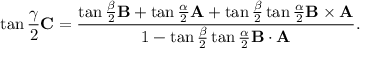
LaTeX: \tan { \frac { \gamma } { 2 } } \mathbf { C } = { \frac { \tan { \frac { \beta } { 2 } } \mathbf { B } + \tan { \frac { \alpha } { 2 } } \mathbf { A } + \tan { \frac { \beta } { 2 } } \tan { \frac { \alpha } { 2 } } \mathbf { B } \times \mathbf { A } } { 1 - \tan { \frac { \beta } { 2 } } \tan { \frac { \alpha } { 2 } } \mathbf { B } \cdot \mathbf { A } } } .